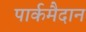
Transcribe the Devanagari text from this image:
पार्कमैदान